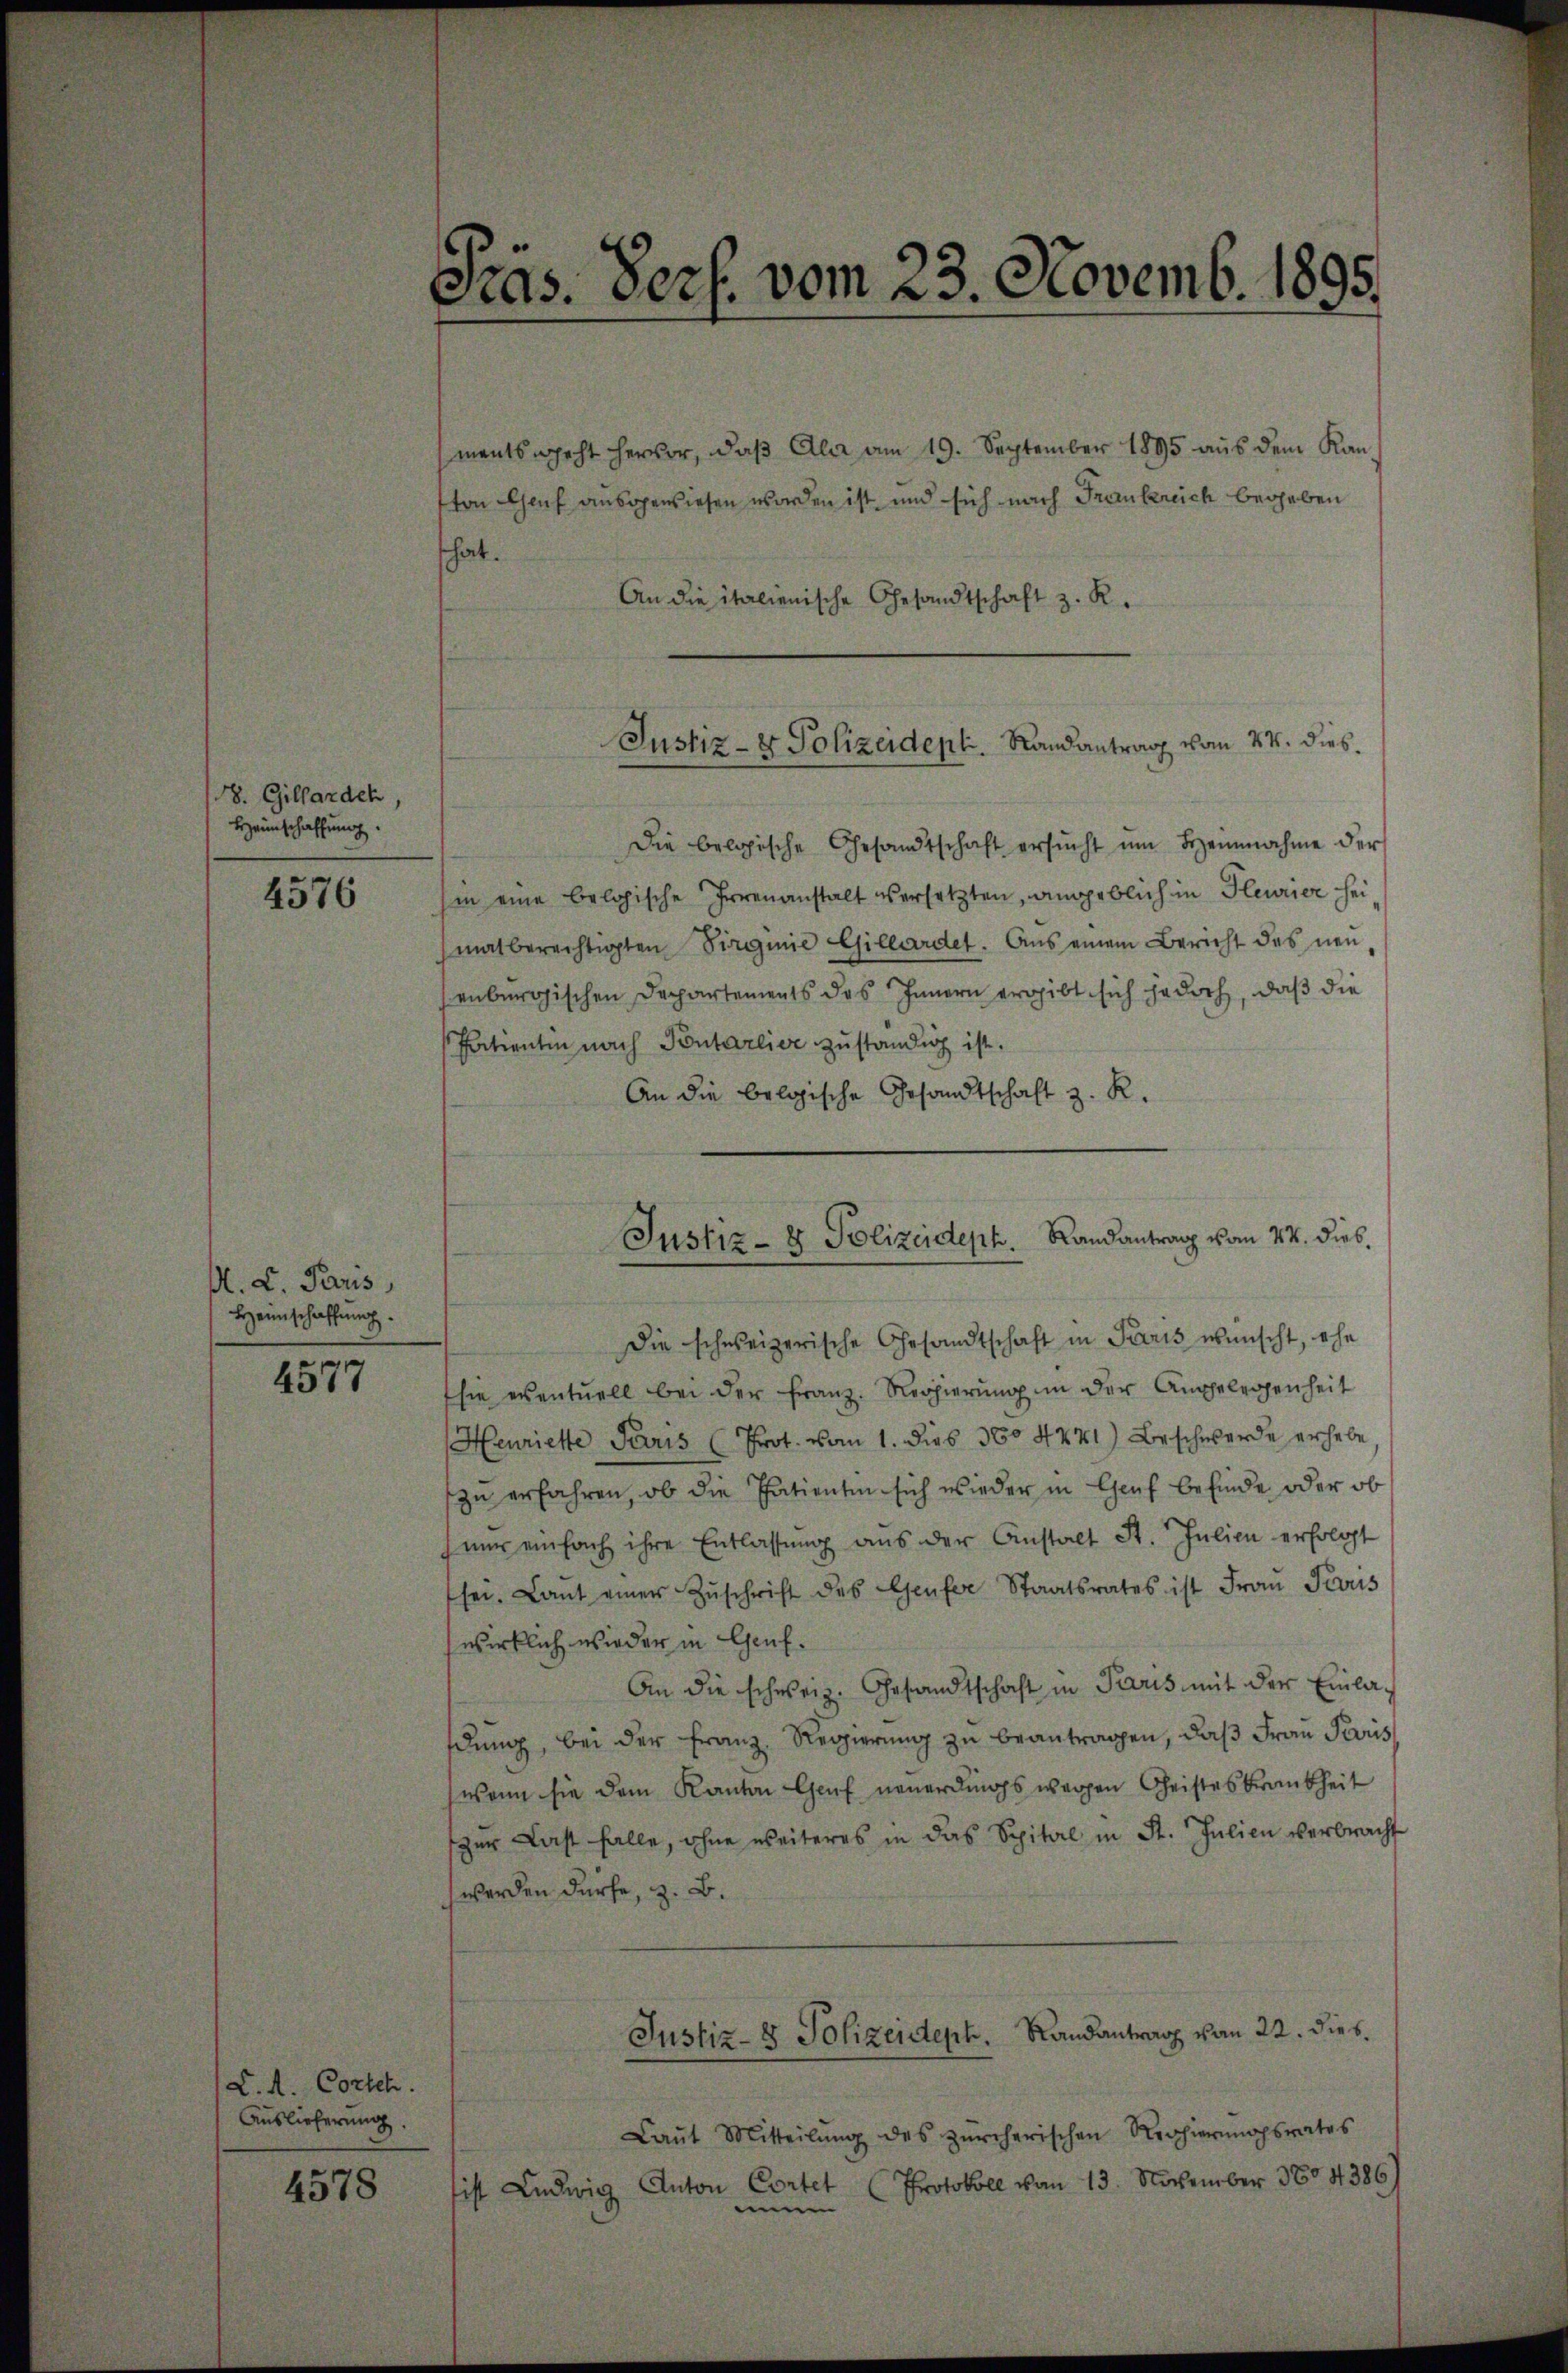
. Gillarden,
Heimschaffung.

4576

M. L. Paris,
Heimschaffung.

4577

L. A. Cortch
Auslieferung.

4578

Pras. Pers. vom 23. Novemb. 1895.

ments geht hervor, daβ Alar am 19. September 1895 aŭs dem Kan-
tton Genf ausgewiesen worden ist und sich nach Frankreich begeben
fhat.
An die italienische Gesandtschaft z. R.
Die belgische Gesandtschaft ersŭcht ŭm Beinnahme der
in eine belgische Irrenanstalt versetzten, angeblich in Gewer hei
matberechtigten Virginie Gillardet. Aus einem Bericht des neŭ-
enburgischen Departements des Innern ergibt sich jedoch, daß die
Patienten nach Pontarlier zuständig ist.
An die belgische Gesandtschaft z. R.
Die schweizerische Gesandtschaft in Paris wünscht, ohn
sie eventuell bei der Franz. Regierung in der Angelegenheit
Henriete Paris (Prot. vom 1. dies 3604441) Beschwerde erhebe,
zu erfahren, ob die Patienten sich wieder in Genf befinde oder ob
nŭr einfach ihre Entlassŭng aŭs der Anstalt St. Julien erfolgt
sei. Lant einer Zŭschrift des Genfer Staatsrates ist Frau Paris
wirklich wieder in Genf.
An die schweiz. Gesandtschaft in Paris mit der Einladung, bei der Franz. Regierung zu beantragen, daß Frau Paris
wenn sie dem Kanton Genf neuerdings waren Geisteskrankheit
zŭr Last falle, ohne weiteres in das Spital in St. Julien verbracht
werden dürfe, z. B.
Justiz- & Polizeident. Randantrag von 22. dies
Laŭt Mitteilŭng des zürcherischen Regierŭngsrates
ist Ludwig Anton Cortet (Protokoll vom 13. November 3804386,
 |

Justiz- & Polizeident. Randantrag vom 24. dies

Justiz- & Polizeideph. Landantrag vom 24. dies,